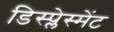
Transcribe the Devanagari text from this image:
डिस्प्लेस्मेंट